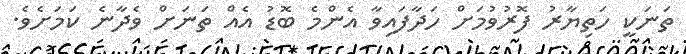
ތަނަކީ ހަތިޔާރު ފޮރުވުމަށް ހަދާފައިވާ އެންމެ ބޮޑު އެއް ތަނަށް ވެދާނެ ކަމަށެވެ.